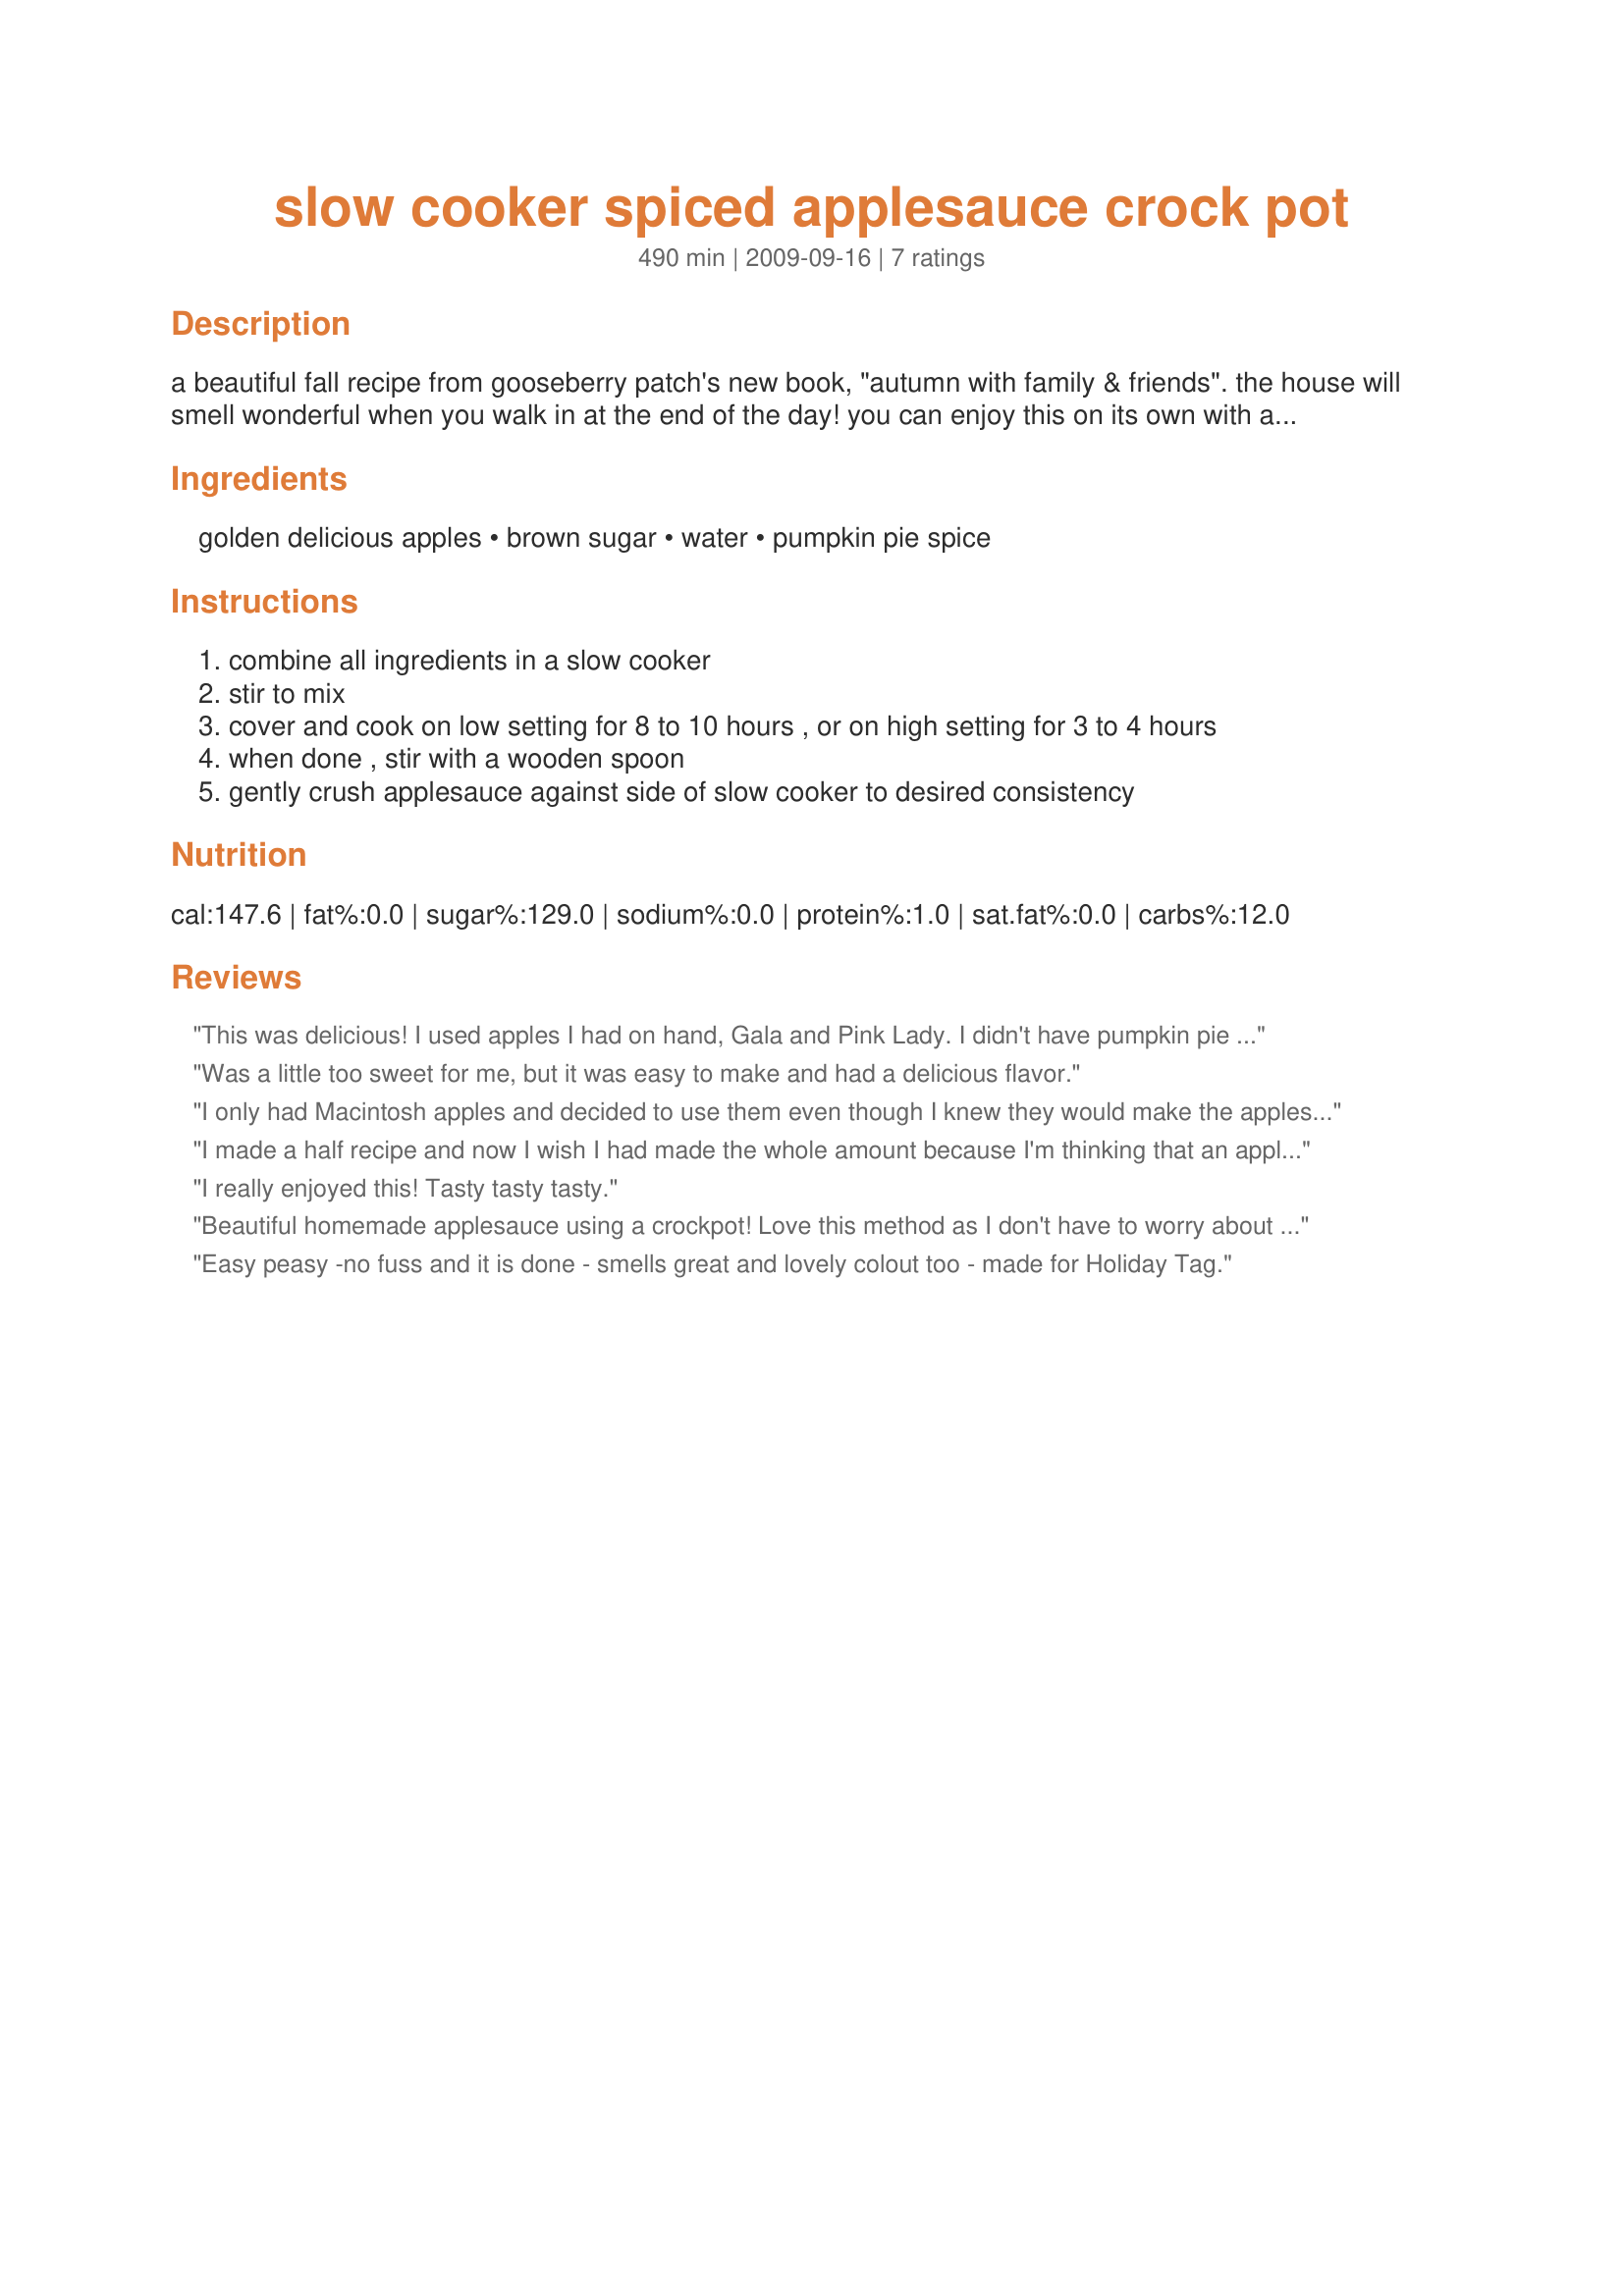
slow cooker spiced applesauce crock pot
Preparation time: 490 minutes

a beautiful fall recipe from gooseberry patch's new book, "autumn with family & friends". the house will smell wonderful when you walk in at the end of the day! you can enjoy this on its own with a sprinkle of cinnamon-sugar or serve it with baked pork chops. enjoy!

Ingredients:
golden delicious apples, brown sugar, water, pumpkin pie spice

Steps:
combine all ingredients in a slow cooker
stir to mix
cover and cook on low setting for 8 to 10 hours , or on high setting for 3 to 4 hours
when done , stir with a wooden spoon
gently crush applesauce against side of slow cooker to desired consistency

Reviews:
This was delicious! I used apples I had on hand, Gala and Pink Lady. I didn't have pumpkin pie spice so I added some cinnamon, ground nutmeg, ground cloves, & ground ginger to the water and brown sugar. Cooked on high for 3 hours with some stirring throughout. My 2 year old daughter gobbled it up and asked for more!
Was a little too sweet for me, but it was easy to make and had a delicious flavor.
I only had Macintosh apples and decided to use them even though I knew they would make the applesauce more tart. I also used recipe #192409. I shared the applesauce with a co-worker and we both loved it.
I made a half recipe and now I wish I had made the whole amount because I'm thinking that an applesauce cake in in order. Used 1 1/2 tsps the Splenda brown and red delicious (the only apples I had on hand) and let it cook down for at least 6 hrs. This is simply good eating just as it comes out of the crock pot, all you need is a spoon!
I really enjoyed this! Tasty tasty tasty.
Beautiful homemade applesauce using a crockpot! Love this method as I don't have to worry about splatters when stirring sauce normally on the stove. Used Macintosh apples and did large cubes - after 3 hours took a potato masher and broke up the pieces and let finish. Wonderful flavors !! Made for Potluck Tag in Cooking Games with Friends and an Apple A Day in Photo Forum.
Easy peasy -no fuss and it is done - smells great and lovely colout too - made for Holiday Tag.
